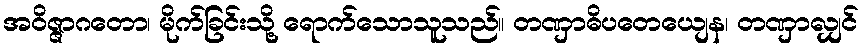
အဝိဇ္ဇာဂတော၊ မိုက်ခြင်းသို့ ရောက်သောသူသည်။ တဏှာဓိပတေယျေန၊ တဏှာလျှင်